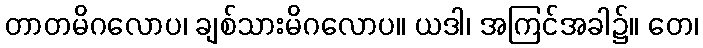
တာတမိဂလောပ၊ ချစ်သားမိဂလောပ။ ယဒါ၊ အကြင်အခါ၌။ တေ၊